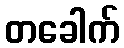
တခေါက်